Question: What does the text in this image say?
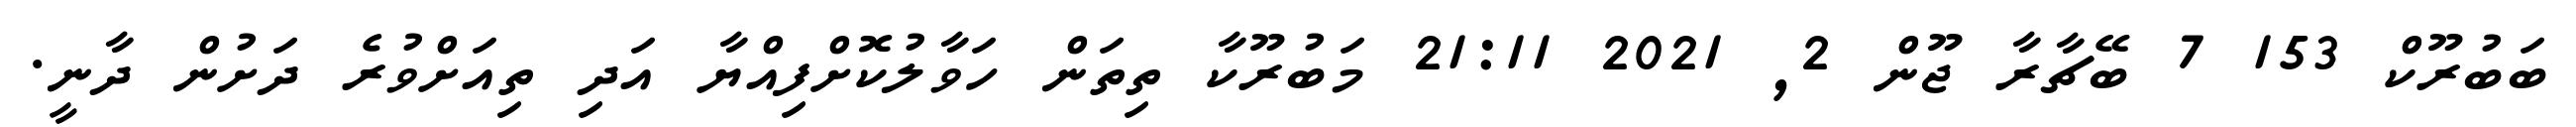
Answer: ބަބުރޫކް 153 7 ބޭޗާރާ ޖޫން 2, 2021 21:11 މަބުރޫކާ ތިތަން ހަވާލުކޮށްފިއްޔާ އަދި ތިއަށްވުރެ ދަށުން ދާނީ.